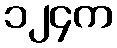
၁၂၄က